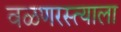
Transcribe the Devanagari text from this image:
वळणरस्त्याला